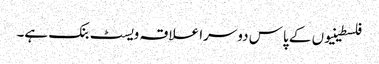
فلسطینیوں کے پاس دوسرا علاقہ ویسٹ بنک ہے۔